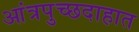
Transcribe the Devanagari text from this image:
आंत्रपुच्छदाहात